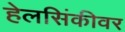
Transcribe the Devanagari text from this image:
हेलसिंकीवर